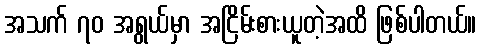
အသက် ၇၀ အရွယ်မှာ အငြိမ်းစားယူတဲ့အထိ ဖြစ်ပါတယ်။